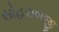
સોહરાબજી